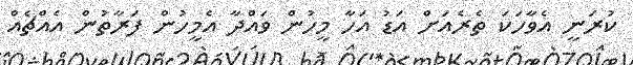
ކުރަނީ އެވާހަކަ ތެރެއަށް އަޑު އަހާ މީހުން ވައްދާ އެމީހުން ފަރާތުން އެއްޗެއް